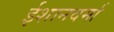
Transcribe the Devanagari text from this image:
ईशानवर्मा